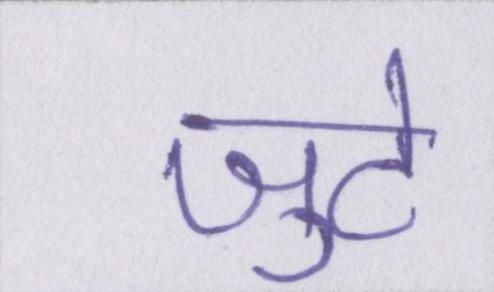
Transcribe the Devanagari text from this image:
जुटे